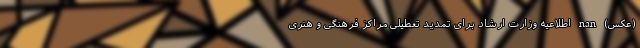
(عکس) nan اطلاعیه وزارت ارشاد برای تمدید تعطیلی مراکز فرهنگی و هنری